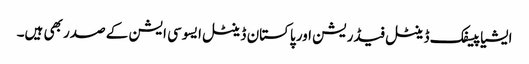
ایشیا پیسفک ڈینٹل فیڈریشن اور پاکستان ڈینٹل ایسوسی ایشن کے صدر بھی ہیں۔